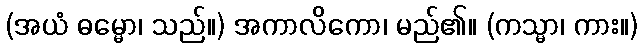
(အယံ ဓမ္မော၊ သည်။) အကာလိကော၊ မည်၏။ (ကသ္မာ၊ ကား။)